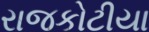
રાજકોટીયા